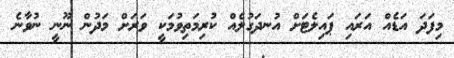
މިފަދަ އަޑެއް އަރައި ޕައިލެޓަށް އުނދަގުލެއް ކުރިމަތިވުމަކީ ވަރަށް މަދުން ނޫނީ ނުވާނެ